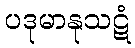
ပဒုမာနုသဋံ